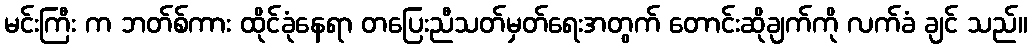
မင်းကြီး က ဘတ်စ်ကား ထိုင်ခုံနေရာ တပြေးညီသတ်မှတ်ရေးအတွက် တောင်းဆိုချက်ကို လက်ခံ ချင် သည်။